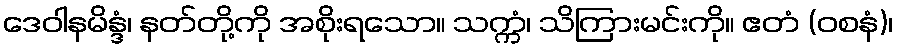
ဒေဝါနမိန္ဒံ၊ နတ်တို့ကို အစိုးရသော။ သက္ကံ၊ သိကြားမင်းကို။ ဧတံ (ဝစနံ)၊